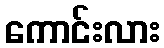
ကောင်းလား